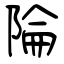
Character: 陯